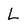
Character: L